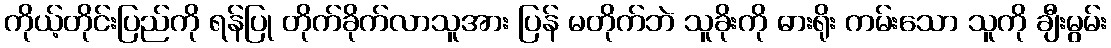
ကိုယ့်တိုင်းပြည်ကို ရန်ပြု တိုက်ခိုက်လာသူအား ပြန် မတိုက်ဘဲ သူခိုးကို ဓားရိုး ကမ်းသော သူကို ချီးမွမ်း